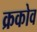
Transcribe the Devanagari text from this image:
क्रकोव